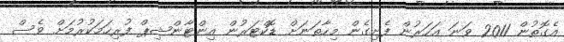
އެގޮތުން 2011 ވަނަ އަހަރުން ފެށިގެން މިހާތަނަށް ޑޮކްޓަރުން އިންޓާންޝިޕް ފުރިހަމަކުރުމަށް ވެސް